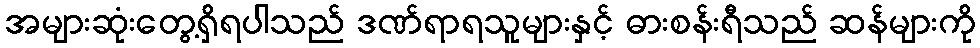
အများဆုံးတွေ့ရှိရပါသည် ဒဏ်ရာရသူများနှင့် ဓားစန်းရီသည် ဆန်များကို